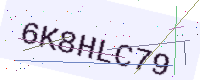
Text: 6K8HLC79